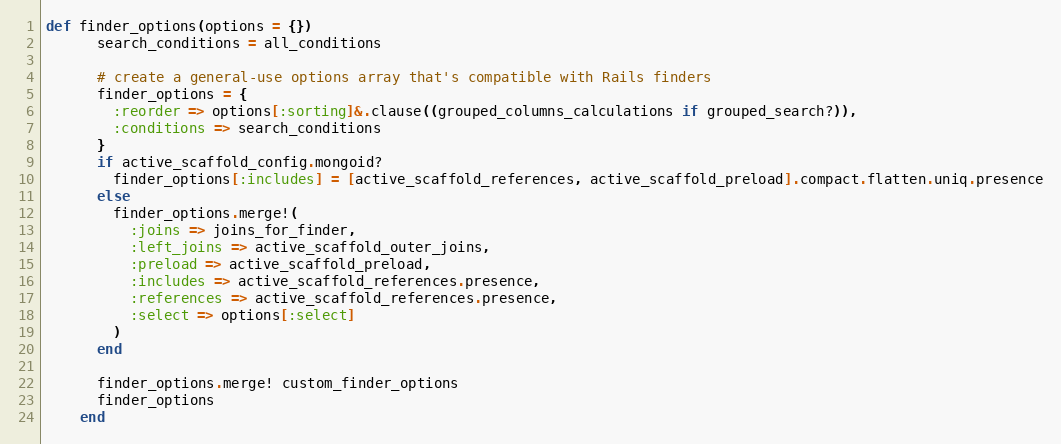
Language: Ruby
def finder_options(options = {})
      search_conditions = all_conditions

      # create a general-use options array that's compatible with Rails finders
      finder_options = {
        :reorder => options[:sorting]&.clause((grouped_columns_calculations if grouped_search?)),
        :conditions => search_conditions
      }
      if active_scaffold_config.mongoid?
        finder_options[:includes] = [active_scaffold_references, active_scaffold_preload].compact.flatten.uniq.presence
      else
        finder_options.merge!(
          :joins => joins_for_finder,
          :left_joins => active_scaffold_outer_joins,
          :preload => active_scaffold_preload,
          :includes => active_scaffold_references.presence,
          :references => active_scaffold_references.presence,
          :select => options[:select]
        )
      end

      finder_options.merge! custom_finder_options
      finder_options
    end